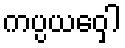
ကပ္ပယဝှေါ